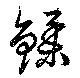
鍒